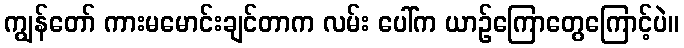
ကျွန်တော် ကားမမောင်းချင်တာက လမ်း ပေါ်က ယာဉ်ကြောတွေကြောင့်ပဲ။